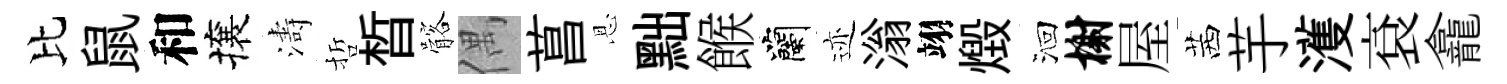
比鼠和攘濤哲晳髂偶菖恩黜餱蘭迹滃翊燬洄榭屋茜芋濩袞龕